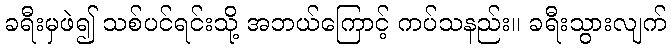
ခရီးမှဖဲ၍ သစ်ပင်ရင်းသို့ အဘယ်ကြောင့် ကပ်သနည်း။ ခရီးသွားလျက်